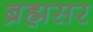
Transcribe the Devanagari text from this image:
ब्रह्मसर